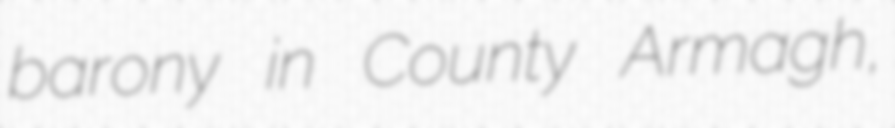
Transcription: barony in County Armagh,